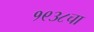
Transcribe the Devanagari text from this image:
१९३८चा